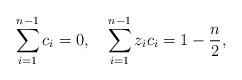
LaTeX: \begin{align*} \sum_{i=1}^{n-1}c_{i}=0,\quad\sum_{i=1}^{n-1}z_{i}c_{i}=1-\frac{n}{2},\end{align*}